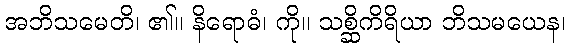
အဘိသမေတိ၊ ၏။ နိရောဓံ၊ ကို။ သစ္ဆိကိရိယာ ဘိသမယေန၊